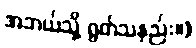
အဘယ်သို့ ရွတ်သနည်း။)